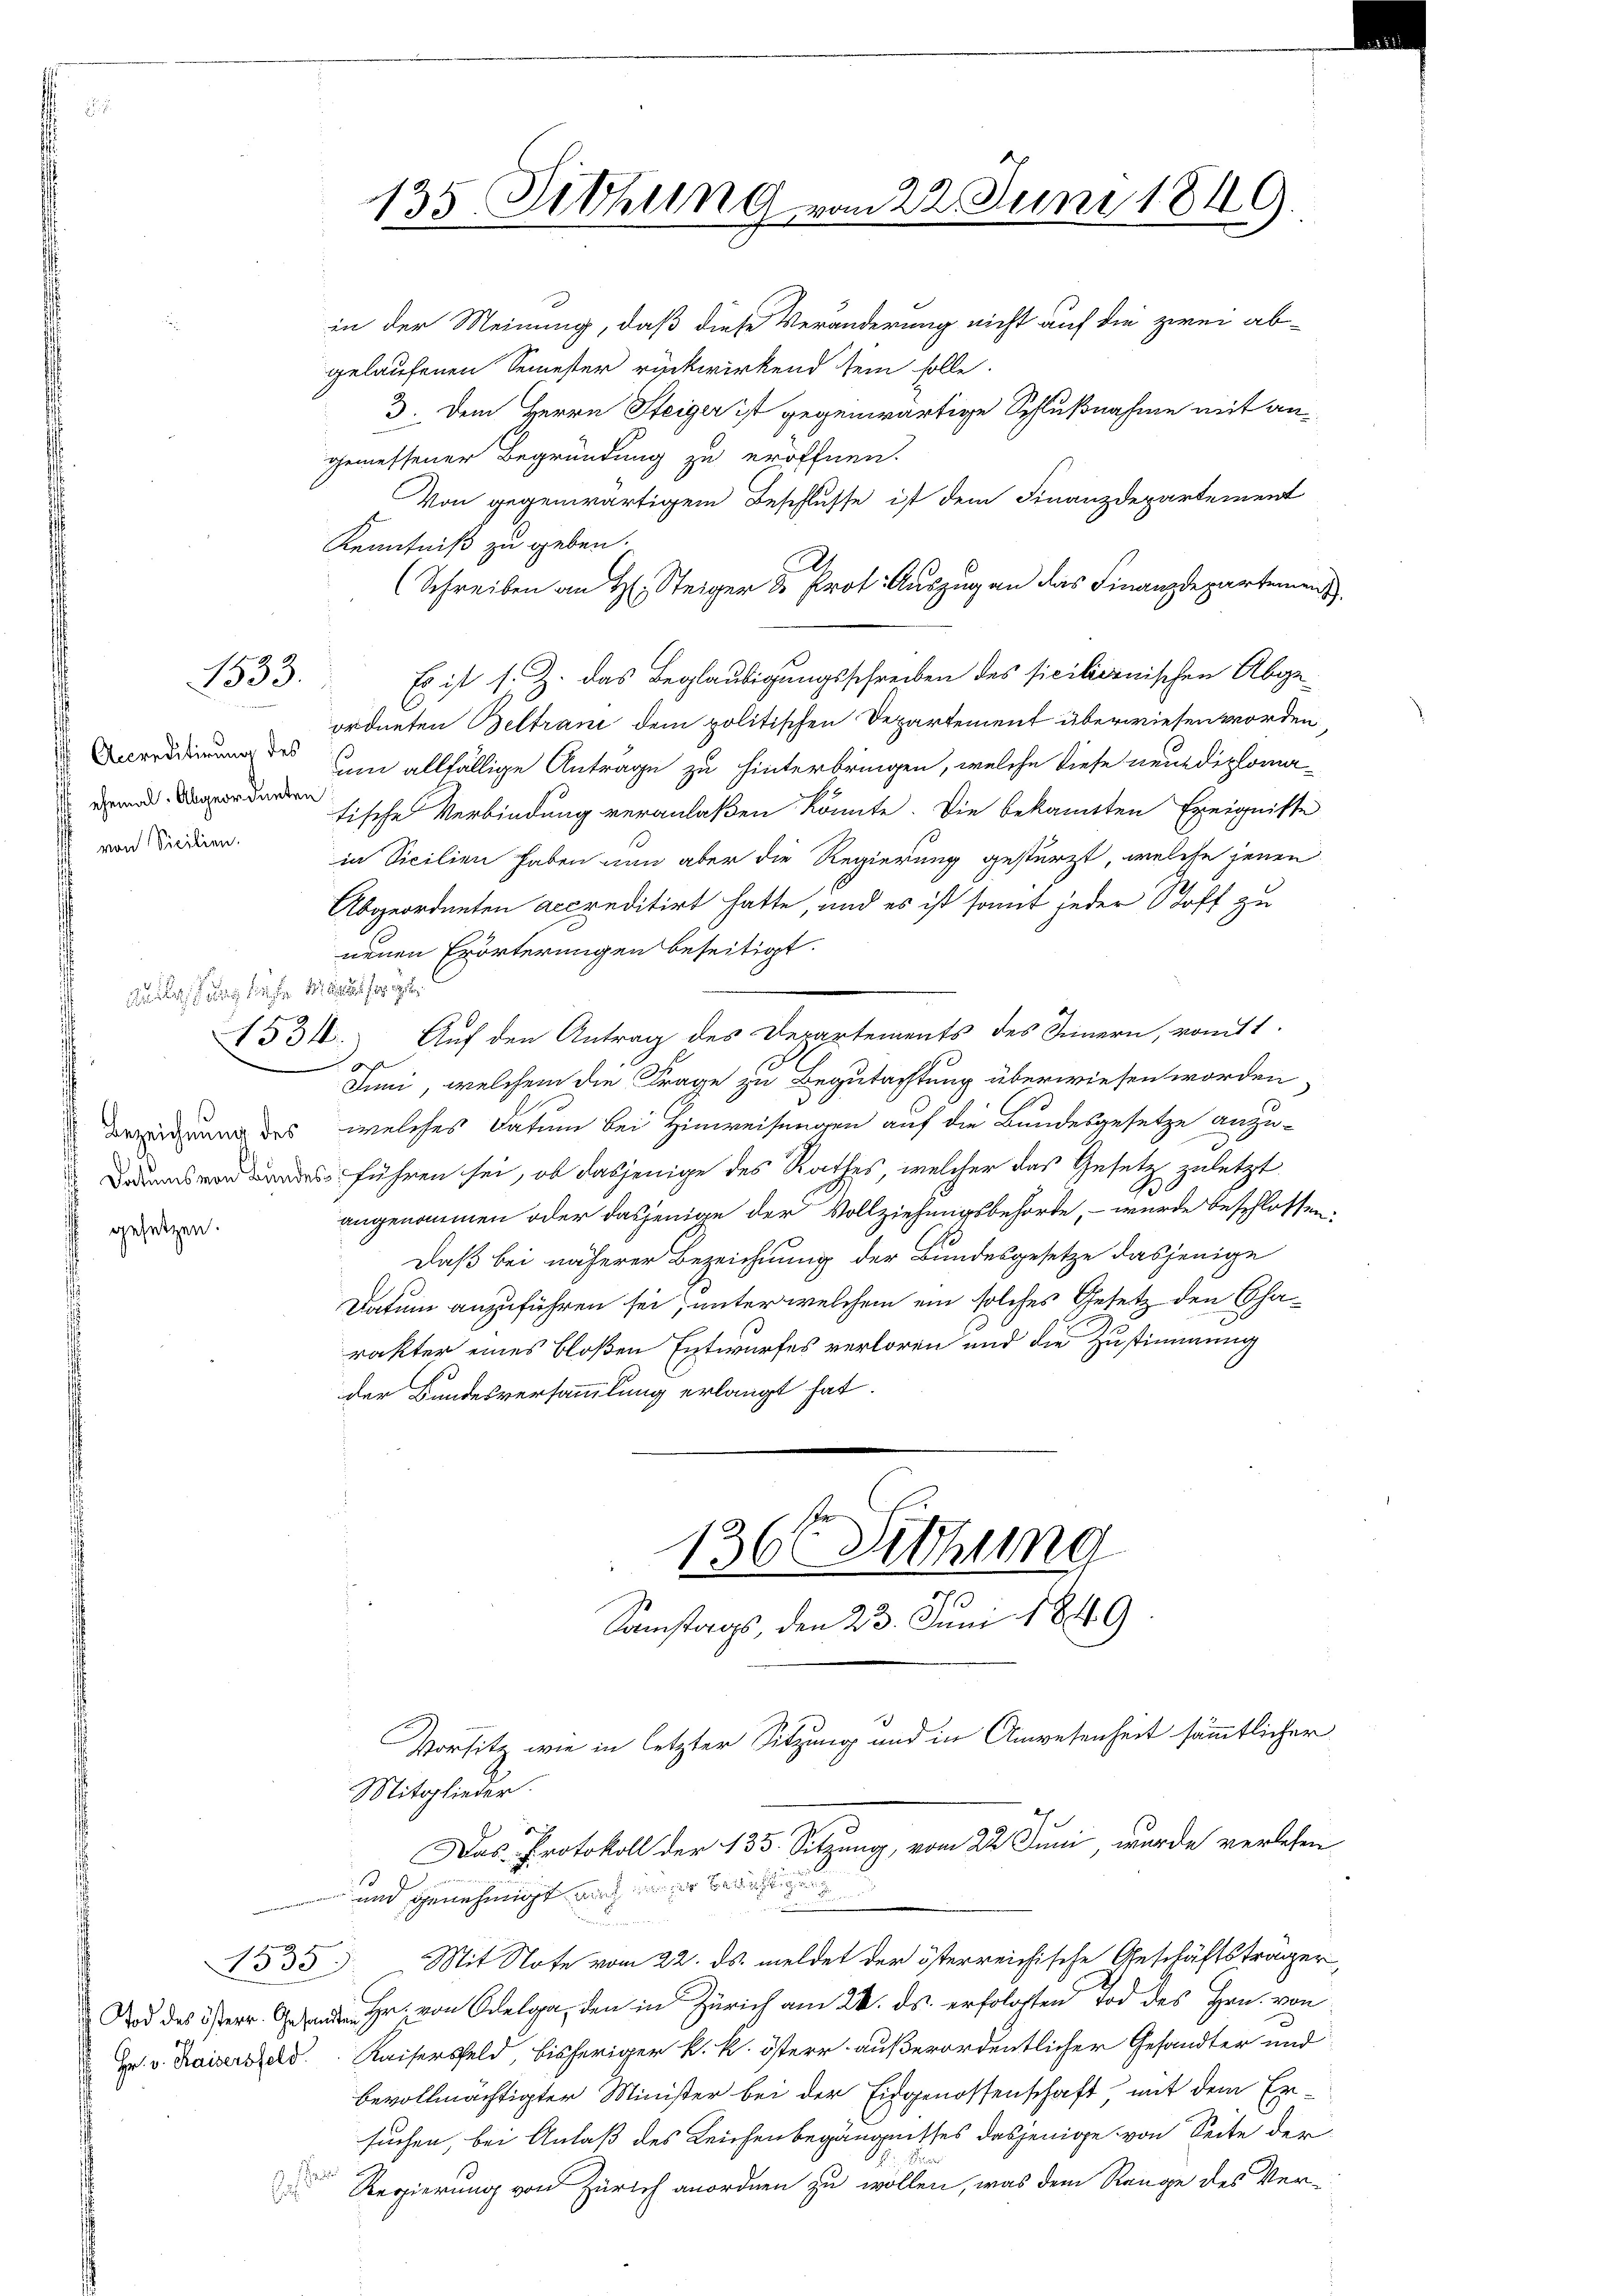
B333.

Accreditirung des
 ehemal. Abgeordneten
 von Sicilien.

fung
 gesetzen.

1534.

gelaufenen Semester rückwirkend sein solle.
3. Dem Herrn Steiger ist gegenwärtige Schlußnahme mit angemessener Begründung zu eröffnen.
Von gegenwärtigem Beschlusse ist dem Finanzdepartement
Kenntniß zu geben.
d
(Schreiben an H. Steiger & Prot. Auszug an das Finanzdepartement
Es ist s. Z. das Beglaubigungsschreiben des sicilienischen Abgeordneten Beltrani dem politischen Departement überwiesen worden
um allfällige Antrage zu hinterbringen, welche diese neuediplomatische Verbindung veranlaßen könnte. Die bekannten Ereignisse
in Vicilien haben nun aber die Regierung gestürzt, welche jenen
Abgeordneten accreditirt hatte, und es ist somit jeder Stoff zu
neuen Erörterungen beseitigt.
2
Auf den Antrag des Departements des Sinnern, womitt
Juni, welchem die Frage zu Begutachtung überwiesen worden,
 des welches Datum bei Hinweisungen auf die Bundesgesetze anzudes führen sei, ob dasjenige des Rathes, welcher das Gesetz zuletzt
G
angenommen oder dasjenige der Vollziehungsbehörde, – wurde beschlossen,
Daß bei näherer Bezeichnung der Bundesgesetze dasjenige
Datum anzuführen sei, unter welchem ein solches Gesetz den Charakter eines bloßen Entwurfes verloren und die Zustimmung
der Bundesversammlung erlangt hat.
1366 Sitzung
Samstags, den 23. Juni 1849
Vorsitz wie in letzter Sitzung und in Anwesenheit sämmtlicher
Mitglieder.
d
Das Protokoll der 135. Sitzung, vom 22. Juni, wurde verlesen
und genehmigt und er
Fam
Mit Stofe vom 22. ds. meldet der österreichische Geschäftsträger
1535
od des er von Adel, den in Zürich am 24. ds. erfolgten Tod des Hrn. von
Hr. v. Kaisersfeld. Kaisersfeld, bisheriger k. k. öster außerordentlicher Gesandter und
bevollmächtigter Minister bei der Eidgenossenschaft mit dem Er-
suchen, bei Anlaß des Leichenbegängnisses dasjenige von Seite der
 F
 Regierung von Zürich anordnen zu wollen, was dem Range des Ver¬

135. Sitzung vom 22. Juni 1849.
f
in der Meinung, daß diese Veränderung nicht auf die zwei ab¬